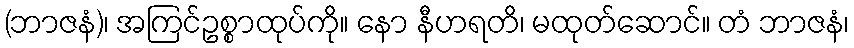
(ဘာဇနံ)၊ အကြင်ဥစ္စာထုပ်ကို။ နော နီဟရတိ၊ မထုတ်ဆောင်။ တံ ဘာဇနံ၊